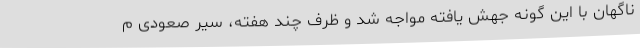
ناگهان با این گونه جهش یافته مواجه شد و ظرف چند هفته، سیر صعودی م